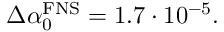
\begin{array} { r } { \Delta \alpha _ { 0 } ^ { \mathrm { F N S } } = 1 . 7 \cdot 1 0 ^ { - 5 } . } \end{array}